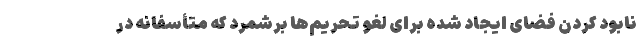
نابود کردن فضای ایجاد شده برای لغو تحریم‌ها برشمرد که متأسفانه در